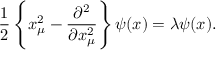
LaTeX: { \frac { 1 } { 2 } } \left\{ x _ { \mu } ^ { 2 } - { \frac { \partial ^ { 2 } } { \partial x _ { \mu } ^ { 2 } } } \right\} \psi ( x ) = \lambda \psi ( x ) .